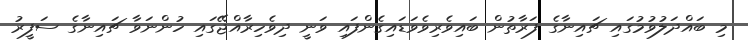
މި ބައްދަލުވުމުގައި ޗައިނާގެ ފަރާތުން ބައިވެރިވެވަޑައިގެންފައި ވަނީ ދިވެހިރާއްޖޭގައި ހުންނަވާ ޗައިނާގެ ސަފީރު